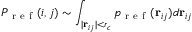
P _ { \mathrm { ~ r ~ e ~ f ~ } } ( i , j ) \sim \int _ { | \mathbf { r } _ { i j } | < r _ { c } } p _ { \mathrm { ~ r ~ e ~ f ~ } } ( \mathbf { r } _ { i j } ) d \mathbf { r } _ { i j }